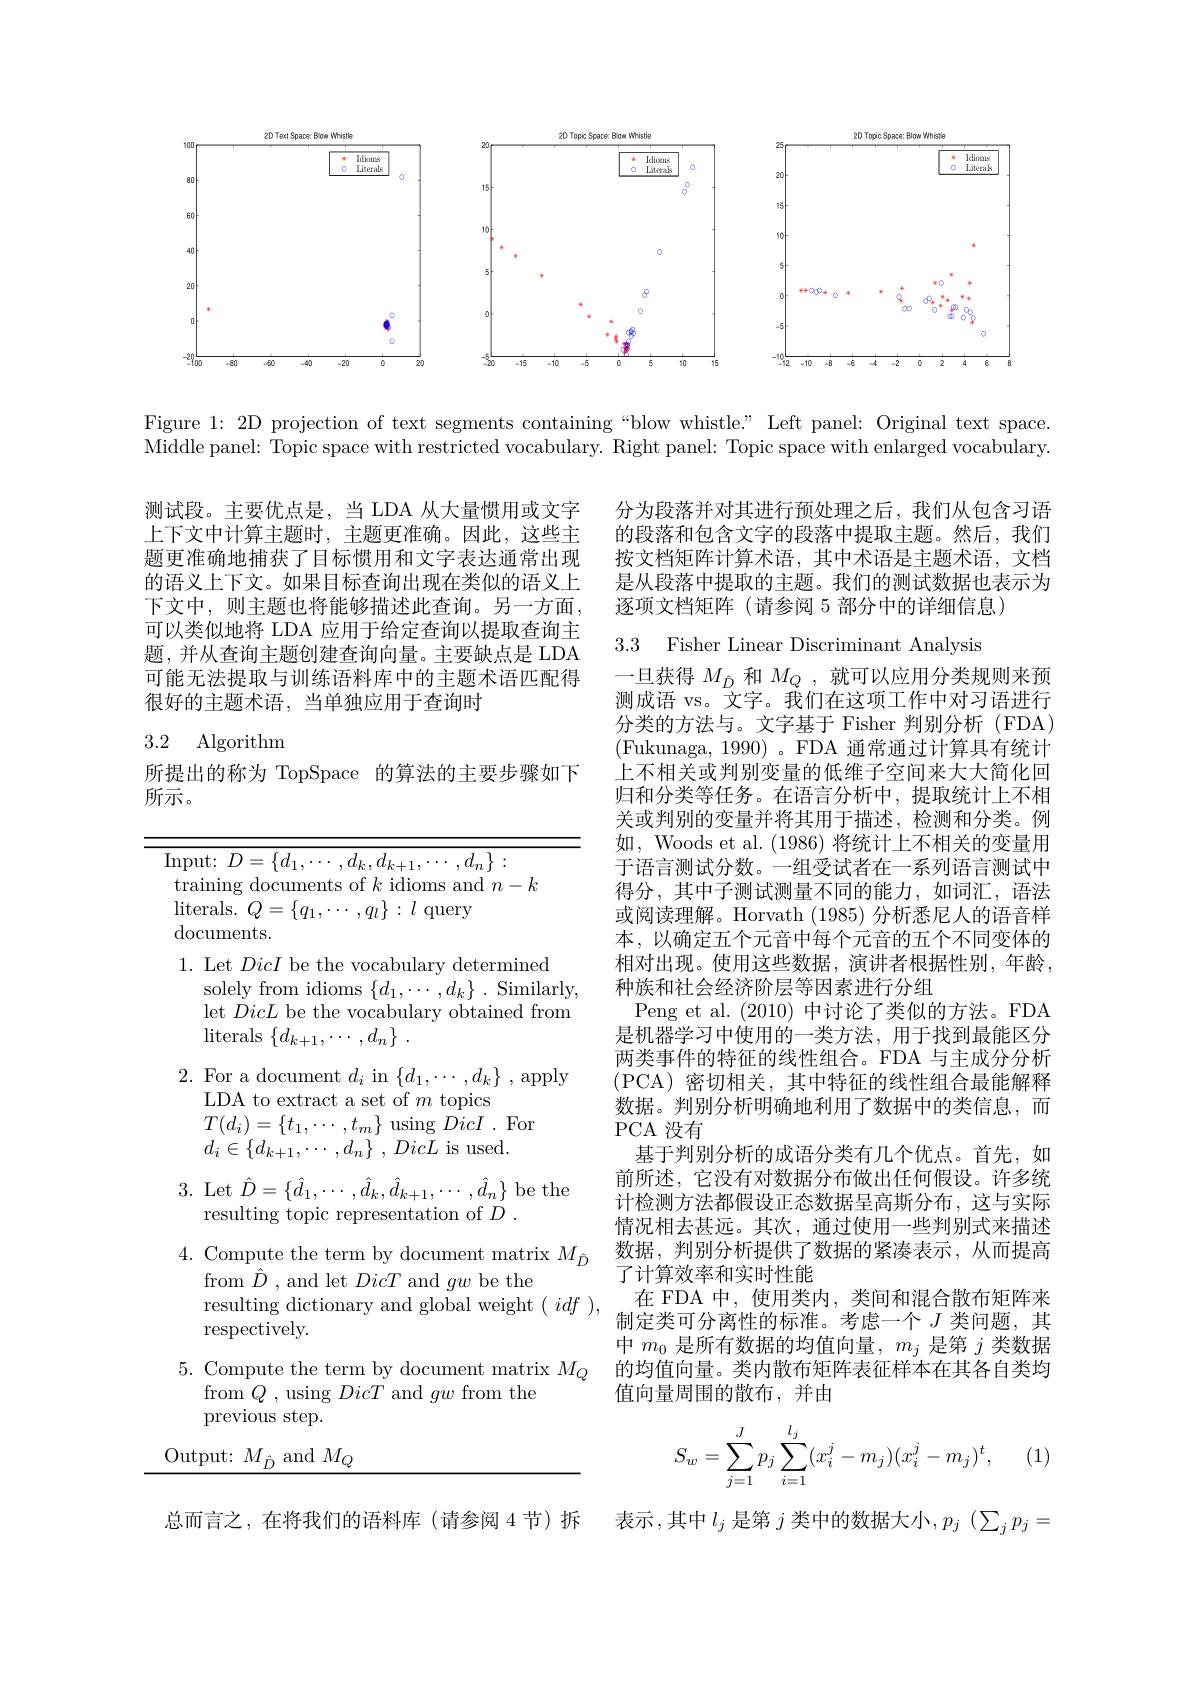
<FigureHere>

Figure 1: 2D projection of text segments containing “blow whistle.” Left panel: Original text space. Middle panel: Topic space with restricted vocabulary. Right panel: Topic space with enlarged vocabulary.

分为段落并对其进行预处理之后，我们从包含习语的段落和包含文字的段落中提取主题。然后，我们按文档矩阵计算术语，其中术语是主题术语，文档是从段落中提取的主题。我们的测试数据也表示为逐项文档矩阵(请参阅 5 部分中的详细信息)

测试段。主要优点是，当 LDA 从大量惯用或文字上下文中计算主题时，主题更准确。因此，这些主题更准确地捕获了目标惯用和文字表达通常出现的语义上下文。如果目标查询出现在类似的语义上下文中，则主题也将能够描述此查询。另一方面， 可以类似地将 LDA 应用于给定查询以提取查询主题，并从查询主题创建查询向量。主要缺点是 LDA 可能无法提取与训练语料库中的主题术语匹配得很好的主题术语，当单独应用于查询时

3.3 Fisher Linear Discriminant Analysis

## 3.2 Algorithm

所提出的称为 TopSpace 的算法的主要步骤如下
所示。

一旦获得$M_{\hat{D}}$和$M_Q$ ,就可以应用分类规则来预测成语 vs。文字。我们在这项工作中对习语进行分类的方法与。文字基于 Fisher 判别分析(FDA) (Fukunaga, 1990)。FDA 通常通过计算具有统计上不相关或判别变量的低维子空间来大大简化回归和分类等任务。在语言分析中，提取统计上不相关或判别的变量并将其用于描述，检测和分类。例如，Woods et al. (1986)将统计上不相关的变量用于语言测试分数。一组受试者在一系列语言测试中得分，其中子测试测量不同的能力，如词汇，语法或阅读理解。Horvath (1985)分析悉尼人的语音样本，以确定五个元音中每个元音的五个不同变体的相对出现。使用这些数据，演讲者根据性别，年龄， 种族和社会经济阶层等因素进行分组
Peng et al. (2010)中讨论了类似的方法。FDA 是机器学习中使用的一类方法，用于找到最能区分两类事件的特征的线性组合。FDA 与主成分分析(PCA)密切相关，其中特征的线性组合最能解释数据。判别分析明确地利用了数据中的类信息，而PCA 没有
基于判别分析的成语分类有几个优点。首先，如前所述，它没有对数据分布做出任何假设。许多统计检测方法都假设正态数据呈高斯分布，这与实际情况相去甚远。其次，通过使用一些判别式来描述数据，判别分析提供了数据的紧凑表示，从而提高了计算效率和实时性能
在 FDA 中，使用类内，类间和混合散布矩阵来制定类可分离性的标准。考虑一个$J$类问题，其中$m_0$是所有数据的均值向量，$m_j$是第$j$类数据的均值向量。类内散布矩阵表征样本在其各自类均值向量周围的散布，并由

Input: $D=\{d_1,\cdots,d_k,d_{k+1},\cdots,d_n\}:$
training documents of $k$ idioms and $n-k$
$\operatorname*{literals.}Q=\{q_{1},\cdots,q_{l}\}:l$ query
$\operatorname{documents.}$
1. Let DicI be the vocabulary determined
$\begin{array}{l}\mathrm{solely~from~idioms~\{d_1,\cdots,d_k\}~.~Similarly}\\\mathrm{let~DicL~be~the~vocabulary~obtained~from}\end{array}$
$\operatorname{literals}\left\{d_{k+1},\cdots,d_n\right\}.$
2. For a document $d_i$ in $\{d_1,\cdots,d_k\}$ , apply
LDA to extract a set of $m$ topics
$T(d_i)=\{t_1,\cdots,t_m\}$ using DicI . For
$d_i\in \{ d_{k+ 1}, \cdots , d_n\}$ , DicL is used.
3. Let $\hat{D}=\{\hat{d}_1,\cdots,\hat{d}_k,\hat{d}_{k+1},\cdots,\hat{d}_n\}$ be the
resulting topic representation of $D$ .
4. Compute the term by document matrix $M_{\hat{D}}$
from $\hat{D}$ , and let DicT and $gw$ be the
resulting dictionary and global weight $(idf)$,
respectively.
5. Compute the term by document matrix $M_Q$
from $Q$ , using DicT and $gw$ from the
previous step.
$\underline{\mathrm{Output:~}M_{\hat{D}}\mathrm{~and~}M_{Q}}$
$$S_w=\sum_{j=1}^Jp_j\sum_{i=1}^{l_j}(x_i^j-m_j)(x_i^j-m_j)^t,$$
(1)

表示，其中$l_j$ 是第 $j$ 类中的数据大小$,p_j(\sum_jp_j=$

总而言之，在将我们的语料库(请参阅 4节)拆